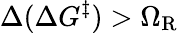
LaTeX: \Delta(\Delta G^{\ddagger})>\Omega_{\mathrm{R}}